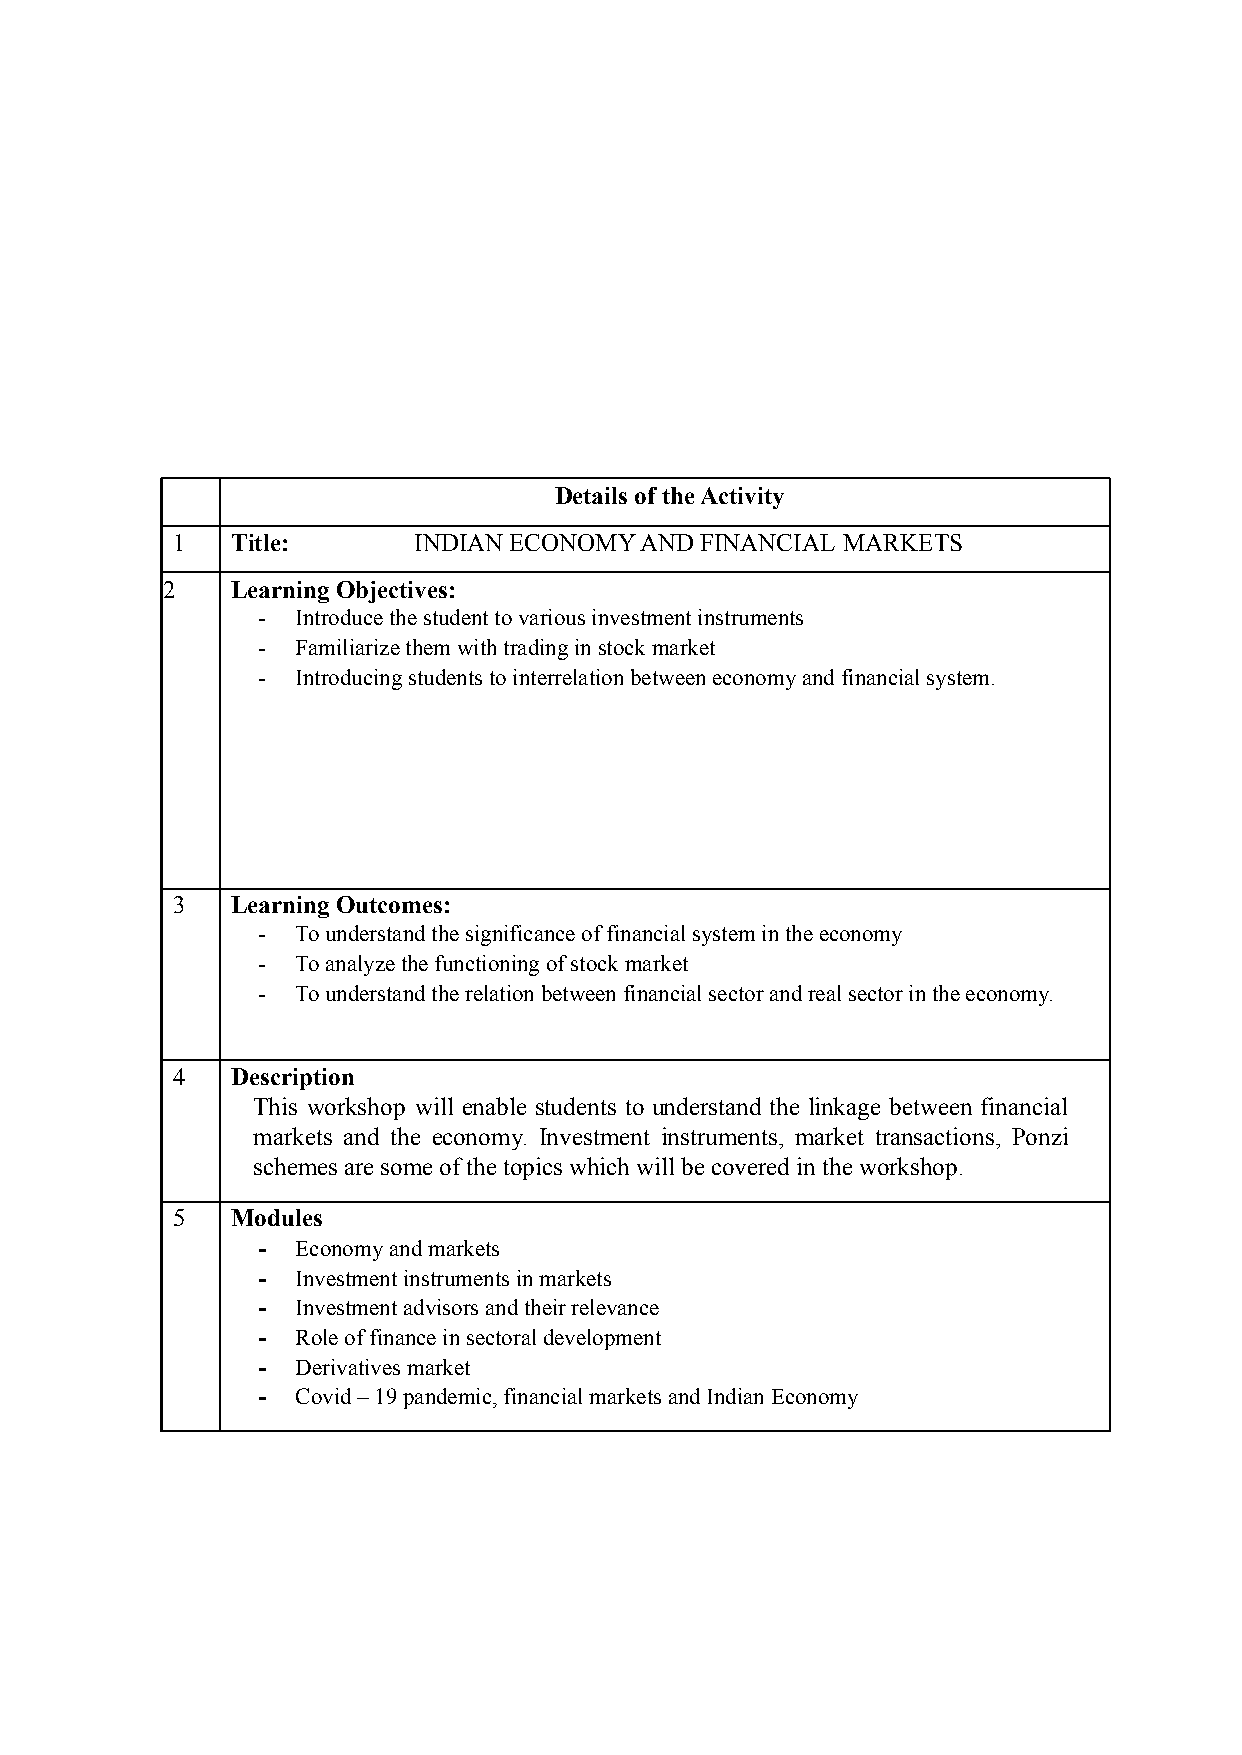
Details of the Activity
 1   Title:      INDIAN ECONOMY AND FINANCIAL MARKETS
 2   Learning Objectives:
 -  Introduce the student to various investment instruments
 -  Familiarize them with trading in stock market
 -  Introducing students to interrelation between economy and financial system.
 3   Learning Outcomes:
 -  To understand the significance of financial system in the economy
 -  To analyze the functioning of stock market
 -  To understand the relation between financial sector and real sector in the economy.
 4   Description
 This workshop will enable students to understand the linkage between financial
 markets and the economy. Investment instruments, market transactions, Ponzi
 schemes are some of the topics which will be covered in the workshop.
 5   Modules
 -  Economy and markets
 -  Investment instruments in markets
 -  Investment advisors and their relevance
 -  Role of finance in sectoral development
 -  Derivatives market
 -  Covid – 19 pandemic, financial markets and Indian Economy